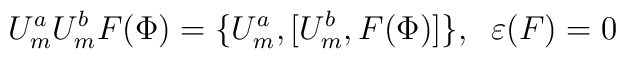
U^a_m U^b_m F(\Phi) = \{U^a_m,{[}U^b_m, F(\Phi){]}\},\;\;\varepsilon(F)=0